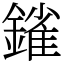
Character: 𨫠